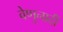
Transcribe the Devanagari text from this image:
वेणुनादीं